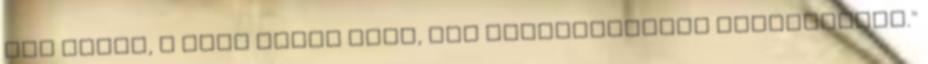
kis törpe, a Horn Gyula volt, így retrospektíve visszanézve."